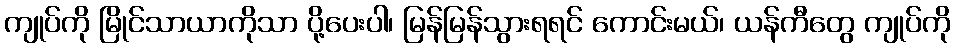
ကျုပ်ကို မြိုင်သာယာကိုသာ ပို့ပေးပါ၊ မြန်မြန်သွားရရင် ကောင်းမယ်၊ ယန်ကီတွေ ကျုပ်ကို